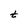
Character: t